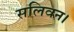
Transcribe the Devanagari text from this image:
सलिवन।